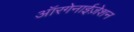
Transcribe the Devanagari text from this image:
ऑरगेनाईज़ेशन